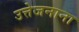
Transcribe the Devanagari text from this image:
उत्तेजनाना